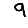
Digit: 9